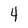
Character: 4